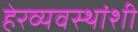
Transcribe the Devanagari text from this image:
हेरव्यवस्थांशी